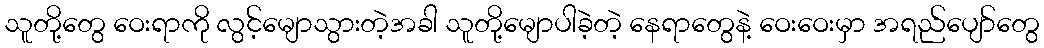
သူတို့တွေ ဝေးရာကို လွင့်မျောသွားတဲ့အခါ သူတို့မျောပါခဲ့တဲ့ နေရာတွေနဲ့ ဝေးဝေးမှာ အရည်ပျော်တွေ